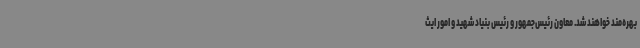
بهره‌مند خواهند شد. معاون رئیس‌جمهور و رئیس بنیاد شهید و امور ایث